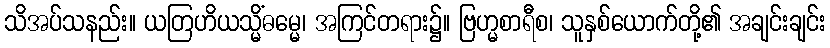
သိအပ်သနည်း။ ယတြဟိယသ္မိံဓမ္မေ၊ အကြင်တရား၌။ ဗြဟ္မစာရီစ၊ သူနှစ်ယောက်တို့၏ အချင်းချင်း